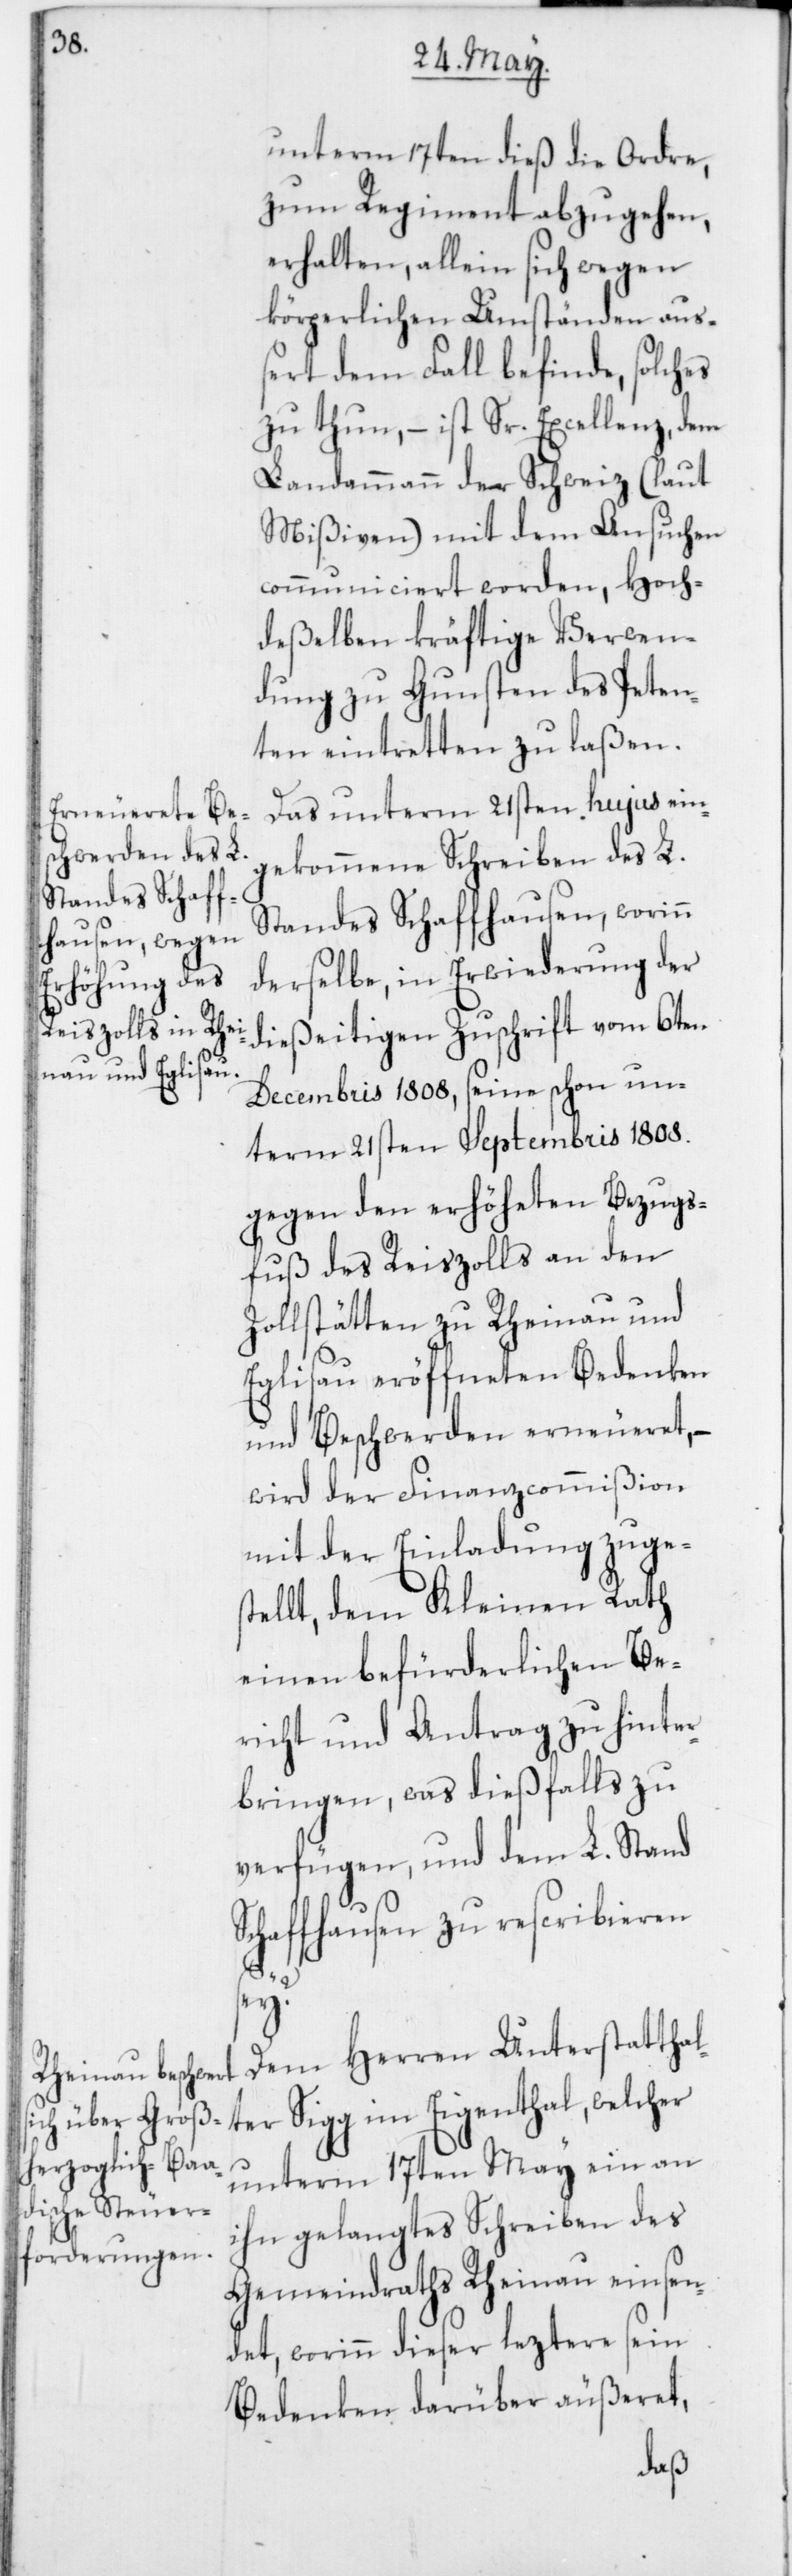
unterm 17ten dieß die Ordre,
zum Regiment abzugehen,
erhalten, allein sich wegen
körperlichen Umständen auß¬
ert dem Fall befinde, solches
zu thun, – ist Sr. Excellenz dem
Landammann der Schweiz (laut
Mißiven) mit dem Ansuchen
communiciert worden, Hoch¬
deßelben kräftige Verwen¬
dung zu Gunsten des Peten¬
ten eintretten zu laßen.
Das unterm 21sten hujus ein¬
gekommene Schreiben des L.
Standes Schaffhausen, worinn
derselbe in Erwiederung der
dießeitigen Zuschrift vom 6ten
Decembris 1808, seine schon un¬
term 21sten Septembris 1808
gegen den erhöheten Bezugs¬
fuß des Reiszolls an den
Zollstätten zu Rheinau und
Eglisau eröffneten Bedenken
und Beschwerden erneueret, –
wird der Finanzcommißion
mit der Einladung zuge¬
stellt, dem Kleinen Rath
einen befürderlichen Be¬
richt und Antrag zu hinter¬
bringen, was dießfalls zu
verfügen, und dem L. Stand
Schaffhausen zu rescribieren
sey?
Dem Herren Unterstatthal¬
ter Sigg im Eigenthal, welcher
unterm 17ten May ein an
ihn gelangtes Schreiben des
Gemeindraths Rheinau einsen¬
det, worinn dieser leztere sein
Bedenken darüber äußeret,